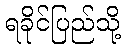
ရခိုင်ပြည်သို့